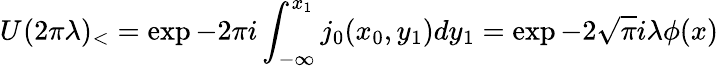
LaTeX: U_{{}}(2\pi\lambda)_{<}=\exp-2\pi i\int_{-\infty}^{x_{1}}j_{0}(x_{0},y_{1})dy_{1}=\exp-2\sqrt{\pi}i\lambda\phi(x)